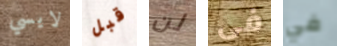
لايسي قبل لن فى في